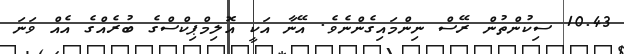
10.43 ސިކުންތުން ރޭސް ނިންމައިގެންނެވެ. އޭނާ އަކީ އޮލިމްޕިކްސްގެ ބުރެއްގެ އެއް ވަނަ